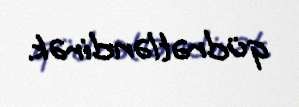
qüdrətləndirək.